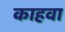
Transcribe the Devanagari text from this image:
काहवा